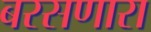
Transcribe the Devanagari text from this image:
बरसणारा